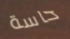
حاسة